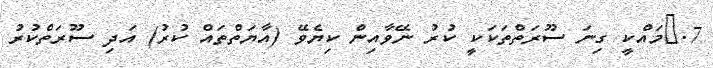
7.	މައްކީ ގިނަ ސޫރަތްތަކަކީ ކުރު ނޭވާއިން ކިޔެވޭ (އާޔަތްތައް ކުރު) އަދި ސޫރަތްކުރު